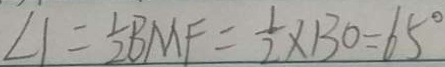
\angle 1 = \frac { 1 } { 2 } B M F = \frac { 1 } { 2 } \times 1 3 0 = 6 5 ^ { \circ }